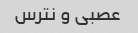
عصبی و نترس